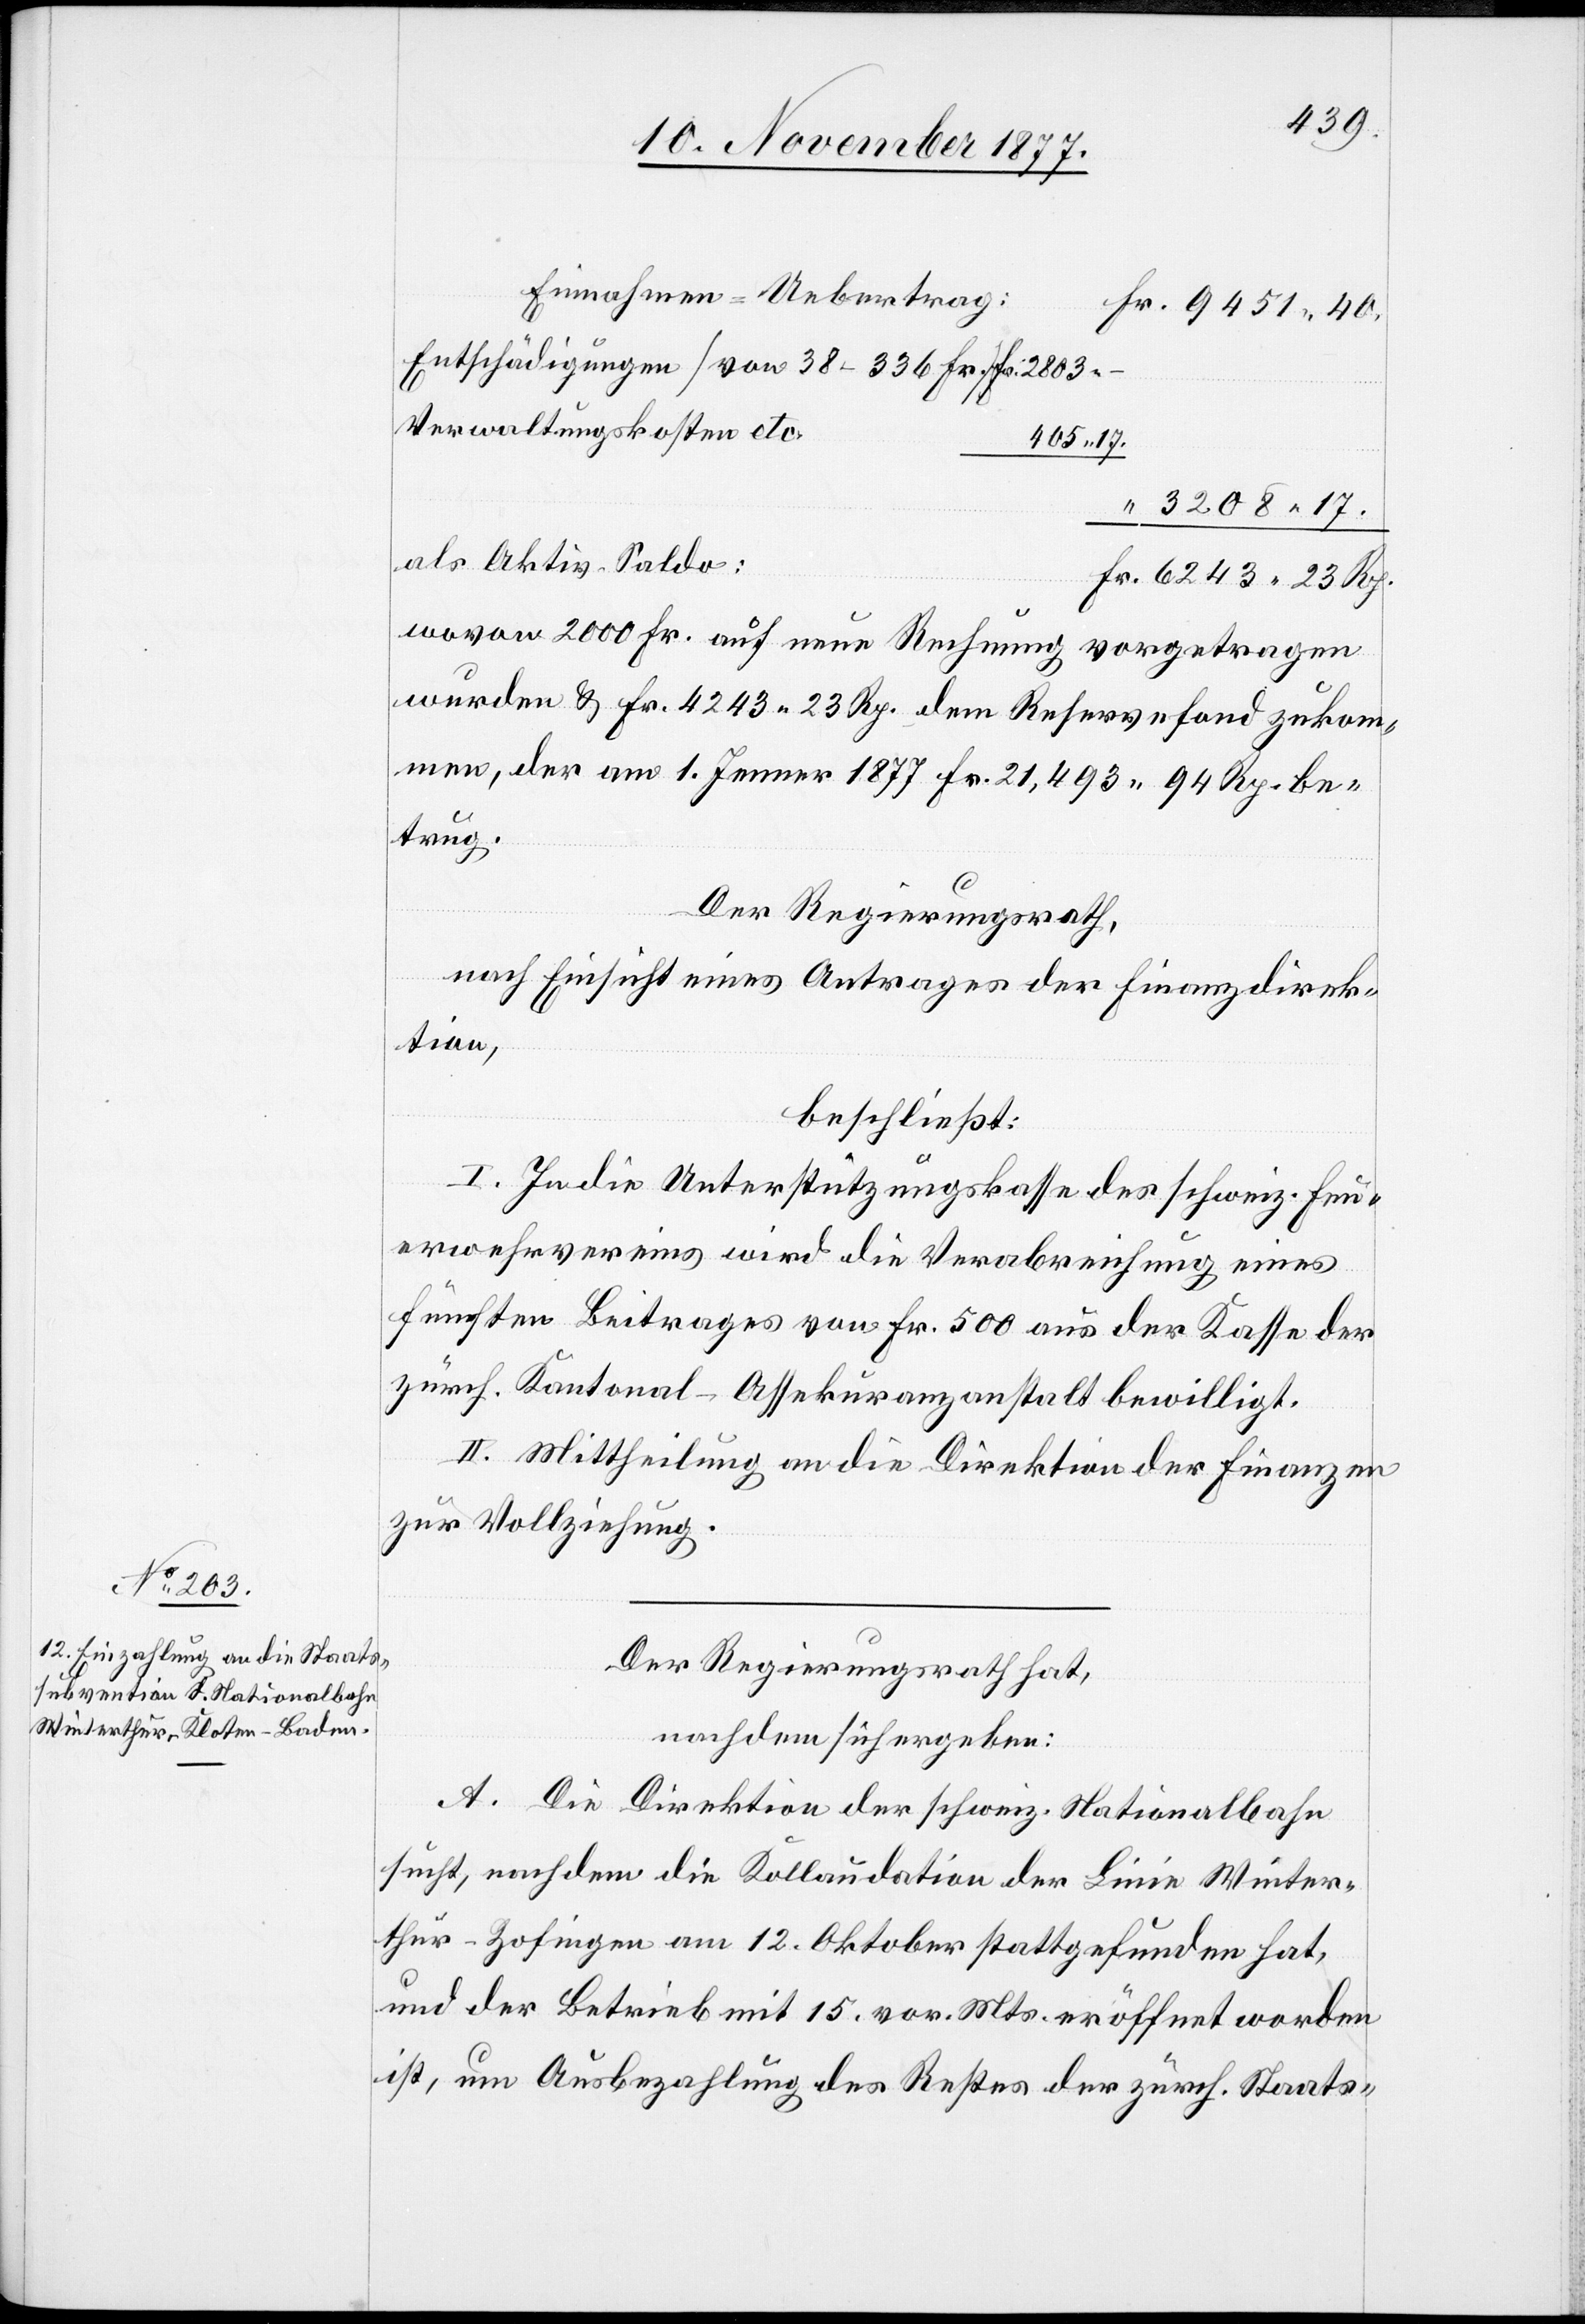
Einnahmen-Uebertrag:
Fr. 9451 40.
Entschädigungen [von 38–336 Fr.]
Verwaltungskosten etc.
405 17.
“ 3208 17.
als Aktiv-Saldo:
Fr. 6243 23 Rp.
wovon 2000 Fr. auf neue Rechnung vorgetragen
wurden & Fr. 4243 23 Rp. dem Reservefond zukom¬
men, der am 1. Jenner 1877 Fr. 21,493 94 Rp. be¬
trug.
Der Regierungsrath,
Fr.
nach Einsicht eines Antrages der Finanzdirek¬
tion,
beschließt:
I. In die Unterstützungskasse des schweiz. Feu¬
erwehrvereins wird die Verabreichung eines
fünften Beitrages von Fr. 500 aus der Kasse der
zürch. Kantonal-Assekuranzanstalt bewilligt.
II. Mittheilung an die Direktion der Finanzen
zur Vollziehung.
Der Regierungsrath hat,
nachdem sich ergeben:
A. Die Direktion der schweiz. Nationalbahn
sucht, nachdem die Kollaudation der Linie Winter¬
thur–Zofingen am 12. Oktober stattgefunden hat,
und der Betrieb mit 15. vor. Mts. eröffnet worden
ist, um Ausbezahlung des Restes der zürch. Staats-